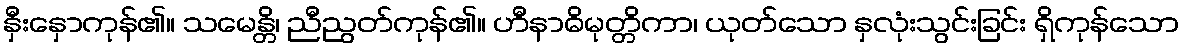
နှီးနှောကုန်၏။ သမေန္တိ၊ ညီညွတ်ကုန်၏။ ဟီနာဓိမုတ္တိကာ၊ ယုတ်သော နှလုံးသွင်းခြင်း ရှိကုန်သော